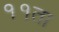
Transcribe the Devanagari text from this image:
११ता